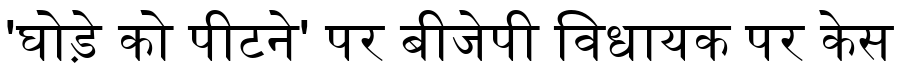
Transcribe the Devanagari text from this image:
'घोड़े को पीटने' पर बीजेपी विधायक पर केस